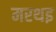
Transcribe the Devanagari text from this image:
मरथइ